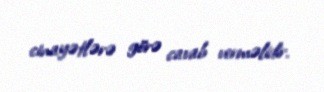
cinayətlərə görə cavab verməlidir.